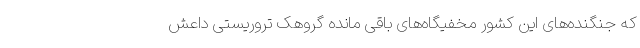
که جنگنده‌های این کشور مخفیگاه‌های باقی مانده گروهک تروریستی داعش